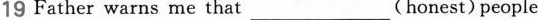
19 Father warns me that___(honest)people